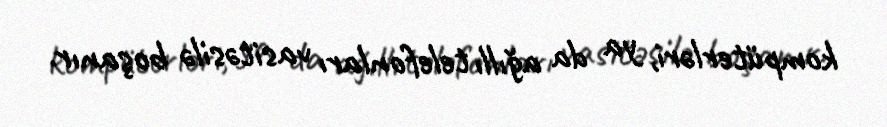
kompüterləri, ya da ağıllı telefonları vasitəsilə boşanır.